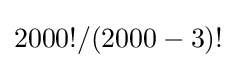
2000!/(2000-3)!